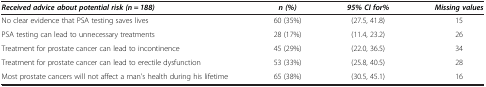
<table><thead><tr><td><b><i>Received advice about potential risk (n = 188)</i></b></td><td><b><i>n (%)</i></b></td><td><b><i>95% CI for%</i></b></td><td><b><i>Missing values</i></b></td></tr></thead><tbody><tr><td>No clear evidence that PSA testing saves lives</td><td>60 (35%)</td><td>(27.5, 41.8)</td><td>15</td></tr><tr><td>PSA testing can lead to unnecessary treatments</td><td>28 (17%)</td><td>(11.4, 23.2)</td><td>26</td></tr><tr><td>Treatment for prostate cancer can lead to incontinence</td><td>45 (29%)</td><td>(22.0, 36.5)</td><td>34</td></tr><tr><td>Treatment for prostate cancer can lead to erectile dysfunction</td><td>53 (33%)</td><td>(25.8, 40.5)</td><td>28</td></tr><tr><td>Most prostate cancers will not affect a man’s health during his lifetime</td><td>65 (38%)</td><td>(30.5, 45.1)</td><td>16</td></tr></tbody></table>